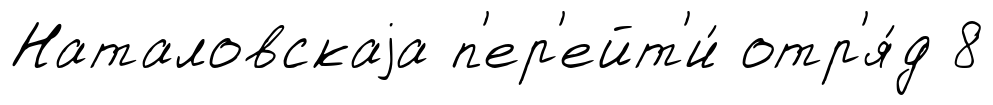
Наталовскаjа п'ер'ейт'и́ отр'я́д 8